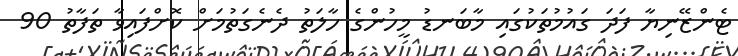
ޓެންޒޭނިޔާ ފަދަ ގައުމުތަކުގައި މާބަނޑު މީހުންގެ ހާލަތު ދެނެގަތުމަށް ކޮށްްފައިވާ ތަފާތު 90